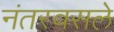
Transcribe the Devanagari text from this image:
नंतरवसले